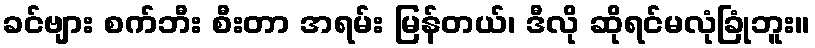
ခင်ဗျား စက်ဘီး စီးတာ အရမ်း မြန်တယ်၊ ဒီလို ဆိုရင်မလုံခြုံဘူး။